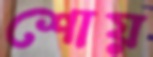
শোয়